Lunatic asylums Burma 1907-21 - 1907-1921
Year: 1907
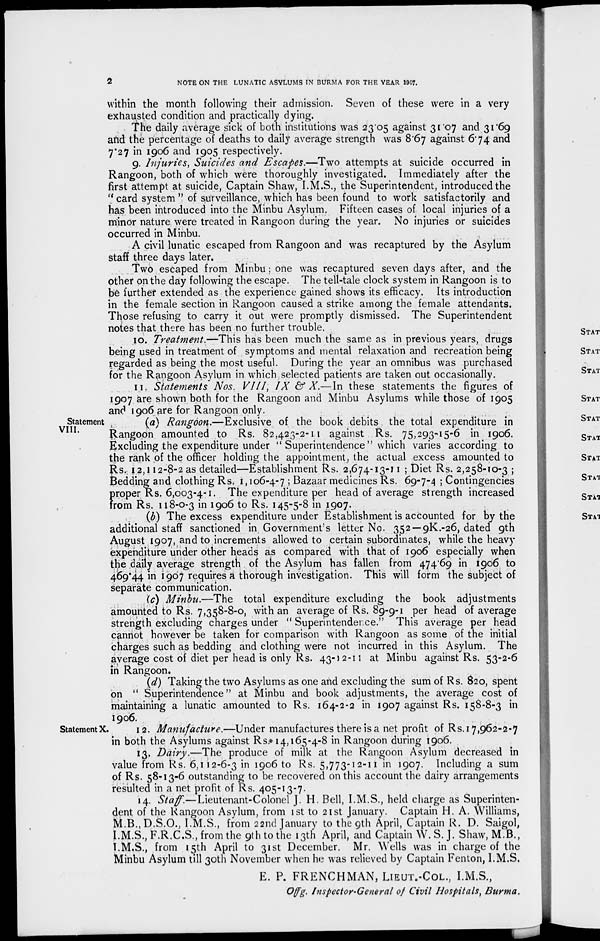
2
NOTE ON THE LUNATIC ASYLUMS IN BURMA FOR THE YEAR 1907.
within the month following their admission. Seven of these were in a very
exhausted condition and practically dying.
The daily average sick of both institutions was 23.05 against 31.07 and 31.69
and the percentage of deaths to daily average strength was 8.67 against 6.74 and
7.27 in 1906 and 1905 respectively.
9. Injuries, Suicides and Escapes.—Two attempts at suicide occurred in
Rangoon, both of which were thoroughly investigated. Immediately after the
first attempt at suicide, Captain Shaw, I.M.S., the Superintendent, introduced the
"card system" of surveillance, which has been found to work satisfactorily and
has been introduced into the Minbu Asylum. Fifteen cases of local injuries of a
minor nature were treated in Rangoon during the year. No injuries or suicides
occurred in Minbu.
A civil lunatic escaped from Rangoon and was recaptured by the Asylum
staff three days later.
Two escaped from Minbu ; one was recaptured seven days after, and the
other on the day following the escape. The tell-tale clock system in Rangoon is to
be further extended as the experience gained shows its efficacy. Its introduction
in the female section in Rangoon caused a strike among the female attendants.
Those refusing to carry it out were promptly dismissed. The Superintendent
notes that there has been no further trouble.
10. Treatment—This has been much the same as in previous years, drugs
being used in treatment of symptoms and mental relaxation and recreation being
regarded as being the most useful. During the year an omnibus was purchased
for the Rangoon Asylum in which selected patients are taken out occasionally.
11. Statements Nos. VIII, IX & X.— In these statements the figures of
1907 are shown both for the Rangoon and Minbu Asylums while those of 1905
and 1906 are for Rangoon only.
Statement
VIII.
(a) Rangoon.—Exclusive of the book debits the total expenditure in
Rangoon amounted to Rs. 82,423-2-11 against Rs. 75,293-15-6 in 1906.
Excluding the expenditure under " Superintendence" which varies according to
the rank of the officer holding the appointment, the actual excess amounted to
Rs. 12,112-8-2 as detailed—Establishment Rs. 2,674-13-11 ; Diet Rs. 2,258-10-3 ;
Bedding and clothing Rs. 1,106-4-7 ; Bazaar medicines Rs. 69-7-4 ; Contingencies
p roper Rs. 6,003-4-1. The expenditure per head of average strength increased
from Rs. 118-0-3 in 1906 to Rs. 145-5-8 in 1907.
(b) The excess expenditure under Establishment is accounted for by the
additional staff sanctioned in Government's letter No. 352 — 9K.-26, dated 9th
August 1907, and to increments allowed to certain subordinates, while the heavy
expenditure under other heads as compared with that of 1906 especially when
the daily average strength of the Asylum has fallen from 474.69 in 1906 to
469.44 in 1907 requires a thorough investigation. This will form the subject of
separate communication.
(c) Minbu.—The total expenditure excluding the book adjustments
amounted to Rs. 7,358-8-0, with an average of Rs. 89-9-1 per head of average
strength excluding charges under " Superintendence." This average per head
cannot however be taken for comparison with Rangoon as some of the initial
charges such as bedding and clothing were not incurred in this Asylum. The
average cost of diet per head is only Rs. 43-12-11 at Minbu against Rs. 53-2-6
in Rangoon.
(d) Taking the two Asylums as one and excluding the sum of Rs. 820, spent
on " Superintendence" at Minbu and book adjustments, the average cost of
maintaining a lunatic amounted to Rs. 164-2-2 in 1907 against Rs. 158-8-3 in
1906.
Statement X.
12. Manufacture.—Under manufactures there is a net profit of Rs. 17,962-2-7
in both the Asylums against Rs. 14,165-4-8 in Rangoon during 1906.
13. Dairy.—The produce of milk at the Rangoon Asylum decreased in
value from Rs. 6,112-6-3 in 1906 to Rs. 5,773-12-11 in 1907. Including a sum
of Rs. 58-13-6 outstanding to be recovered on this account the dairy arrangements
resulted in a net profit of Rs. 405-13-7.
14. Staff.— Lieutenant-Colonel J. H. Bell, I.M.S., held charge as Superinten-
dent of the Rangoon Asylum, from 1st to 21st January. Captain H. A. Williams,
M.B.,D.S.O., I.M.S., from 22nd January to the 9th April, Captain R. D. Saigol,
I.M.S., F.R.C.S , from the 9th to the 13th April, and Captain W. S.J. Shaw, M.B.,
I.M.S., from 15th April to 31st December. Mr. Wells was in charge of the
Minbu Asylum till 30th November when he was relieved by Captain Fenton, I.M.S.
E. P. FRENCHMAN, LIEUT.-COL., I.M.S.,
Offg. Inspector-General of Civil Hospitals, Burma.